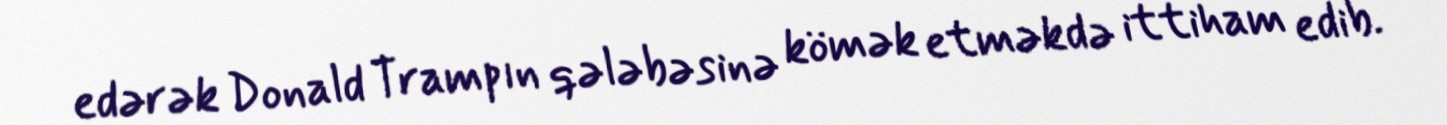
edərək Donald Trampın qələbəsinə kömək etməkdə ittiham edib.